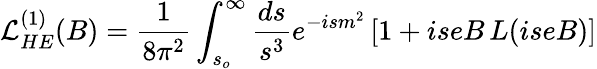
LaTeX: {\cal L}_{HE}^{(1)}(B)={\frac{1}{8\pi^{2}}}\int_{s_{o}}^{\infty}{\frac{ds}{s^{3}}}e^{-ism^{2}}\, [1+iseB\, L(iseB)]